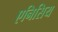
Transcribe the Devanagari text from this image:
एनिसिय